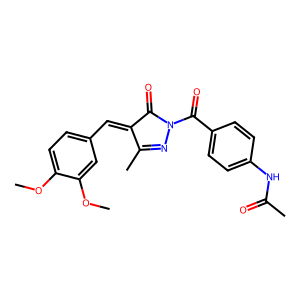
SMILES: COc1ccc(C=C2C(=O)N(C(=O)c3ccc(NC(C)=O)cc3)N=C2C)cc1OC
Inhibits HIV replication: No